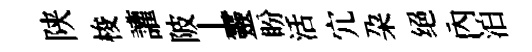
陕梭讙陂丄靈盼活宂朶绝內泊